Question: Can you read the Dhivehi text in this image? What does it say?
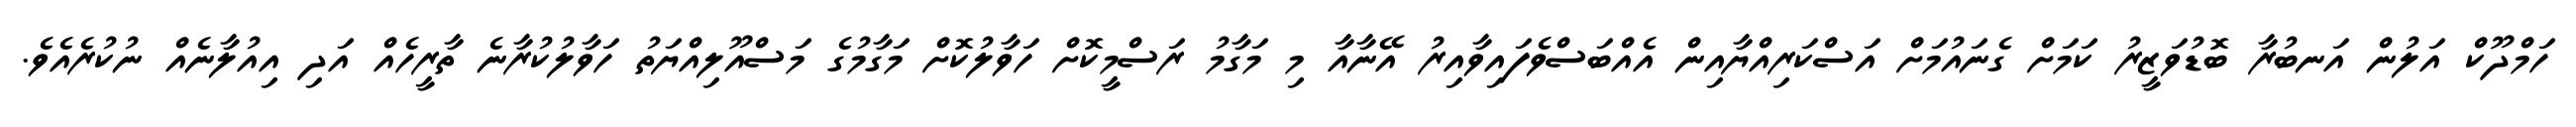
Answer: ހަމްދޫކް އަލުން އަނބުރާ ބޮޑުވަޒީރު ކަމަށް ގެނައުމަށް އަސްކަރިއްޔާއިން އެއްބަސްވެފައިވާއިރު އޭނާއާ މި މަގާމު ރަސްމީކޮށް ހަވާލުކޮށް މަގާމުގެ މަސްއޫލިއްޔަތު ހަވާލުކުރާނެ ތާރީހެއް އަދި އިއުލާނެއް ނުކުރެއެވެ.